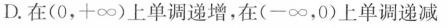
D.在(0，+\infty)上单调递增，在(-\infty，0)上单调递减